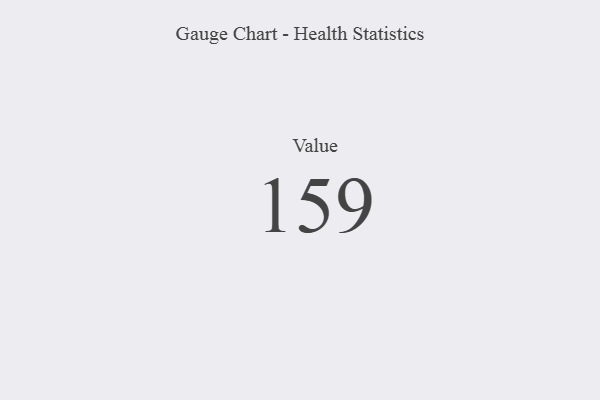
{"axis": {"x": "Metric", "y": "Value"}, "legend": [""], "data": [{"x": "Value", "y": 159, "type": ""}]}